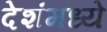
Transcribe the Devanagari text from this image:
देशंमध्ये